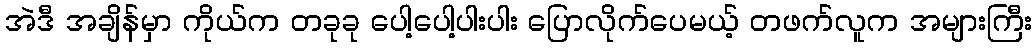
အဲဒီ အချိန်မှာ ကိုယ်က တခုခု ပေါ့ပေါ့ပါးပါး ပြောလိုက်ပေမယ့် တဖက်လူက အများကြီး